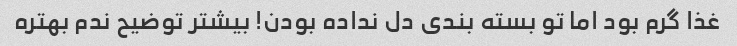
غذا گرم بود اما تو بسته بندی دل نداده بودن! بیشتر توضیح ندم بهتره